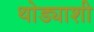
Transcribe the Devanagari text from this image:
थोड्याशी